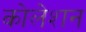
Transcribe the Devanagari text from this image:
कोलेशन